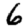
Digit: 6